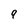
Character: 9